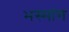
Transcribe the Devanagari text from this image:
भस्मांग